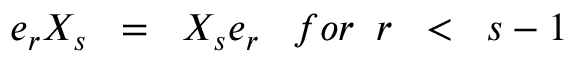
e _ { r } X _ { s } \; \; = \; \; X _ { s } e _ { r } \; \; \; f o r \; \; r \; \; < \; \; s - 1